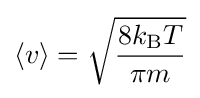
\langle v\rangle ={\sqrt {\frac {8k_{\text{B}}T}{\pi m}}}